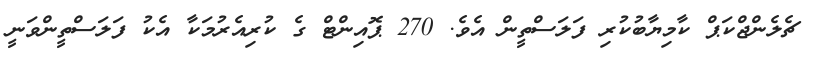
ޗެލެންޖްކަޕް ކާމިޔާބުކުރި ފަލަސްތީން އެވެ. 270 ޕޮއިންޓް ގެ ކުރިއެރުމަކާ އެކު ފަލަސްތީންވަނީ